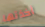
أخذتها